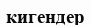
кигендер